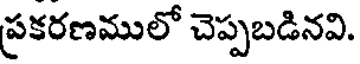
ప్రకరణములో చెప్పబడినవి.